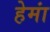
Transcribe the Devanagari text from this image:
हेमां